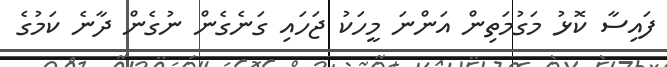
ފައިސާ ކޮޅު މަގުމަތިން އަންނަ މީހަކު ޖަހައި ގަނެގެން ނުގެން ދާނެ ކަމުގެ